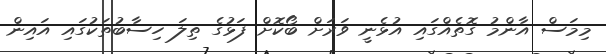
މިމަސް އާންމު ގޮތެއްގައި އުޅެނީ ވަރަށް ބޯކޮށް ފަޅުގެ ތިލަ ހިސާބުތަކުގައި އައިން